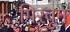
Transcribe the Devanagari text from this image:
गिरवून